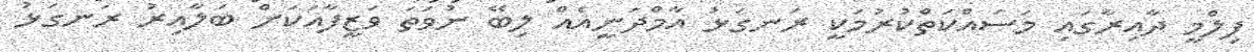
ފިލްމީ ދާއިރާގައި މަސައްކަތްކުރުމަކީ ރަނގަޅު އާމްދަނީއެއް ލިބޭ ނުވަތަ ވަޒީފާއަކަށް ބަލާއިރު ރަނގަޅު